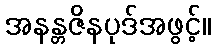
အနန္တဇိနပုဒ်အဖွင့်။